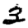
Digit: 3